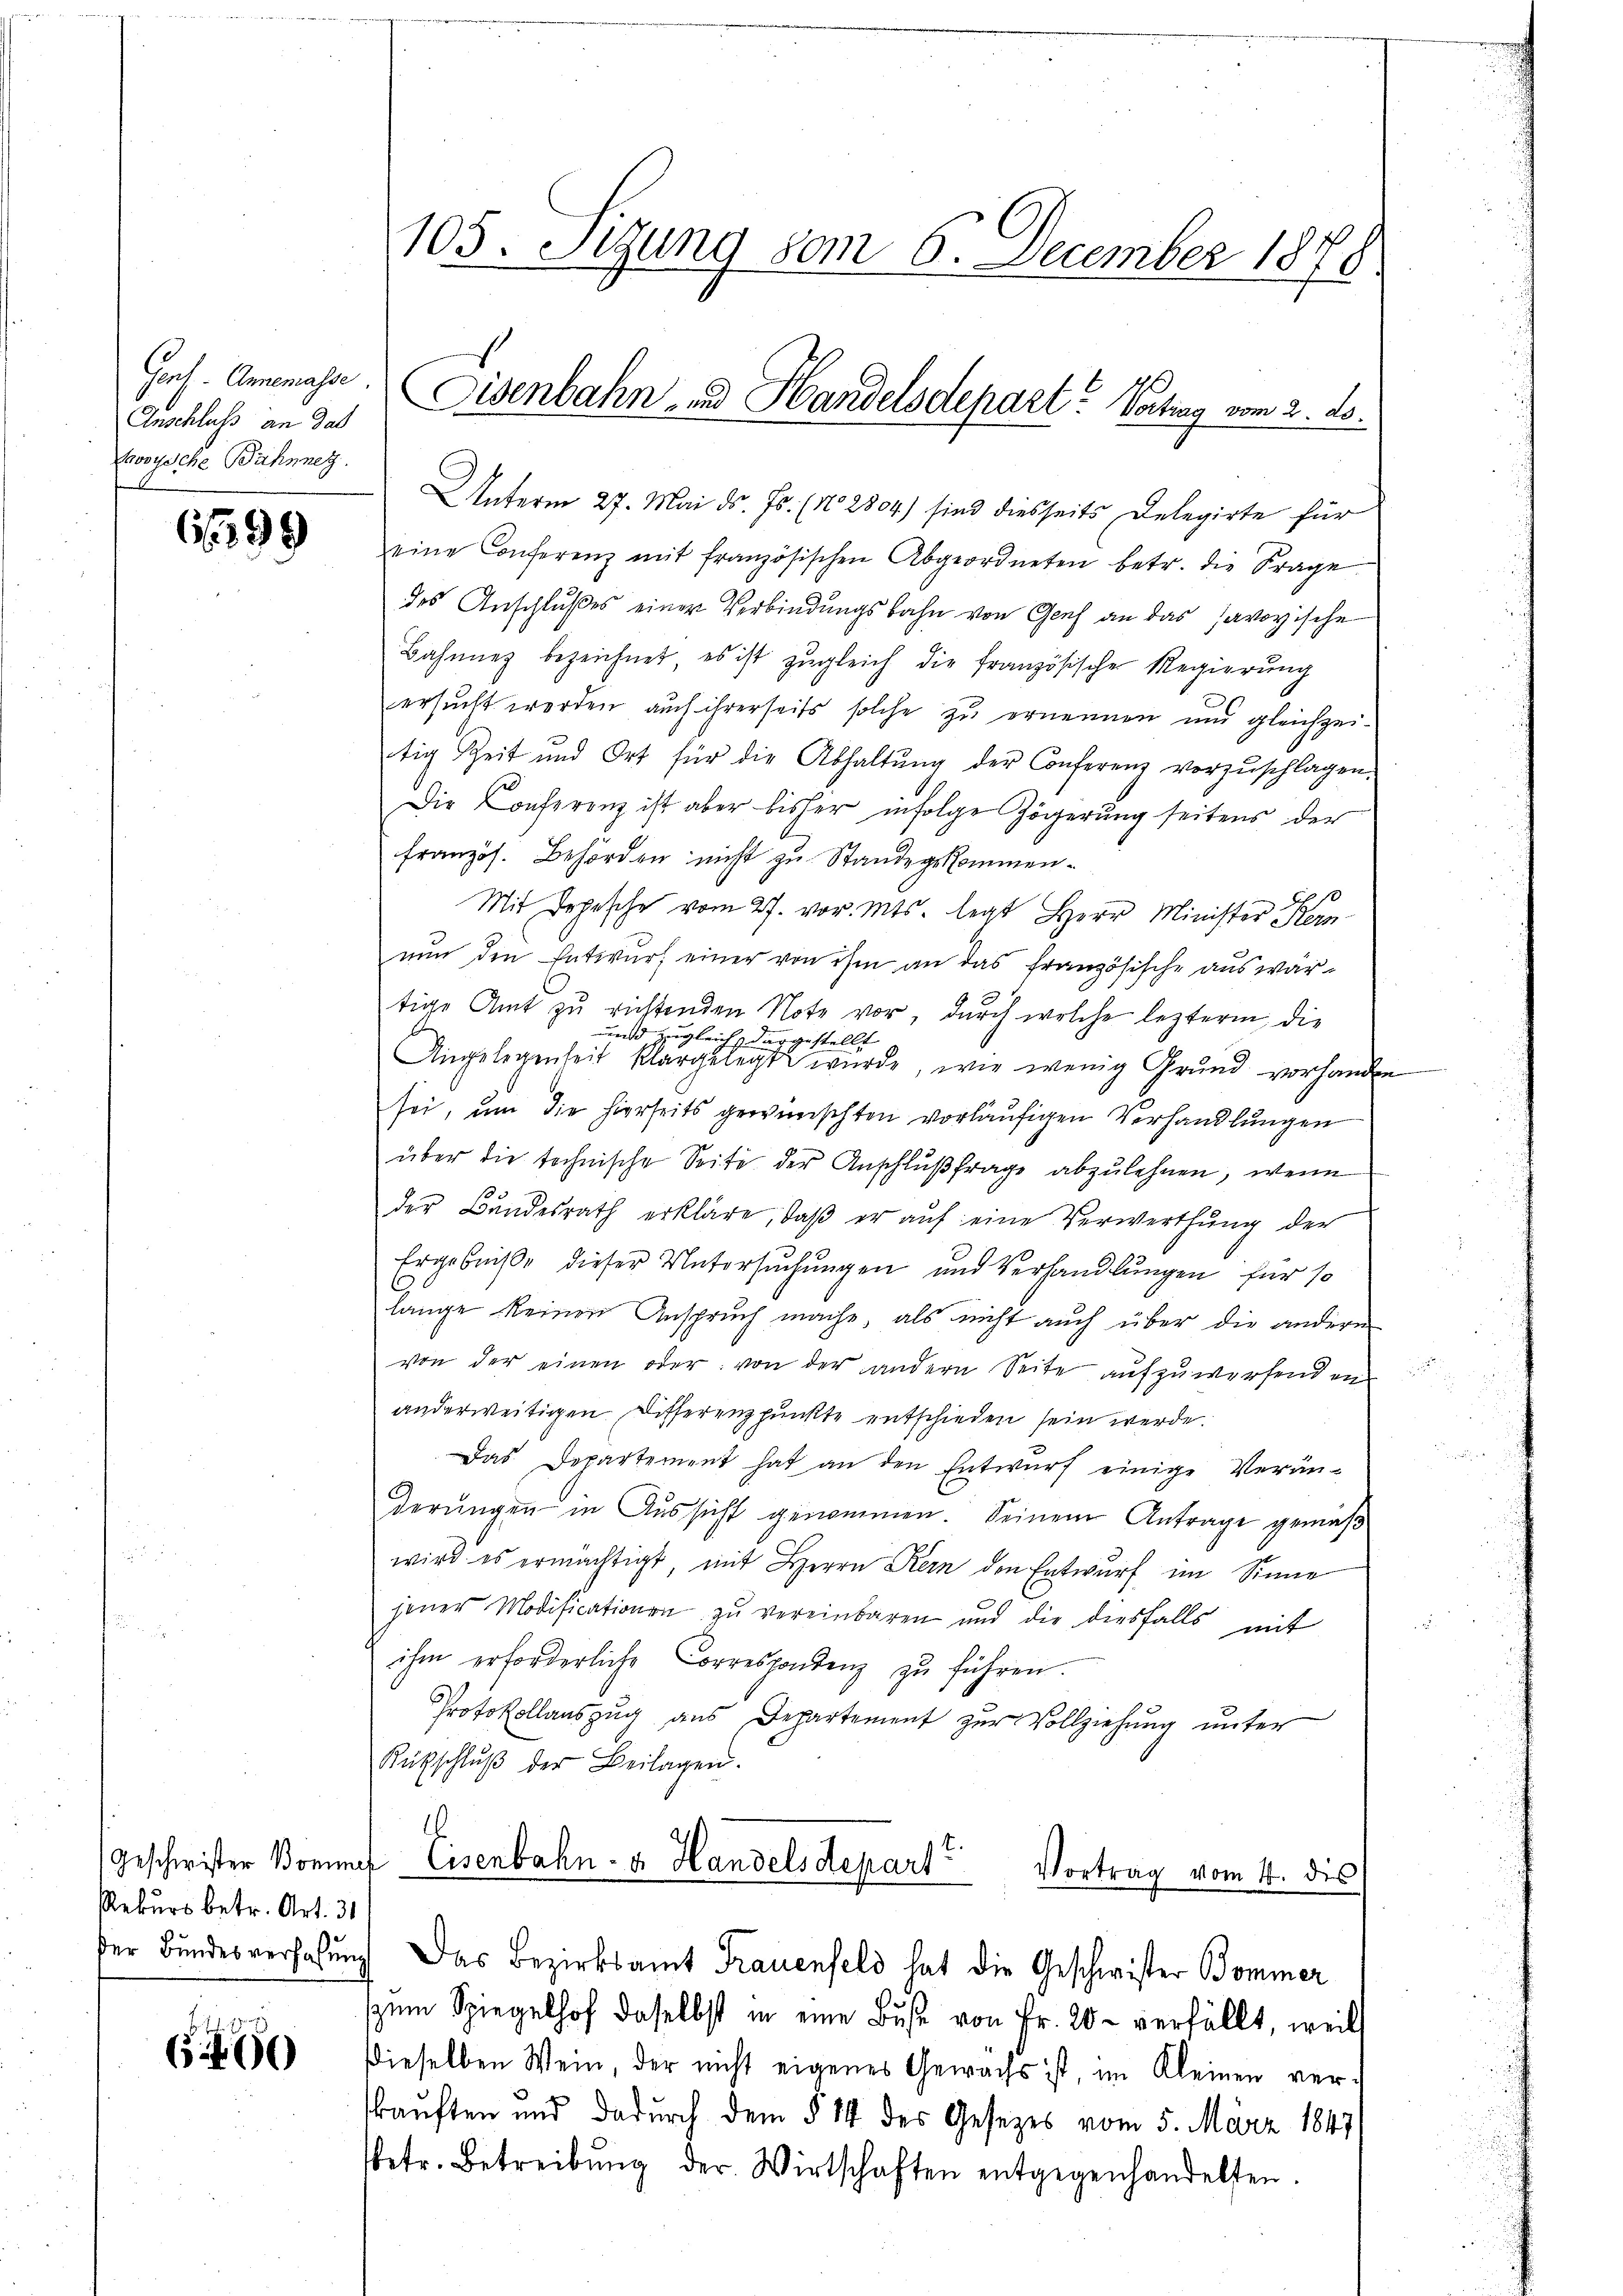
Genf. Annemasse
Anschluss an das
Kosysche Bahnnetz.

1299

Geschwister Bomm
Rekurs betr. Art. 31
der Bundes verfaßung

s
660

105. Sigung vom 6. December 1878

Unterm 27. Mai d. Js. (N. 2804) sind diesseits Delegirte für
eine Conferenz mit französischen Abgeordneten betr. die Frage
des Anschlußes einer Verbindungsbahn von Genf an das savoyische
Bahnung bezeichnet, es ist zugleich die französische Regierung
ersucht werden auch ihrerseits solche zu ernennen und gleichzeitig Zeit und Ort für die Abhaltŭng der Conferenz vorzŭschlagen.
Die Conferenz ist aber bisher infolge Zögerung seitens der
französ. Behörden nicht zu Stande gekommen¬
Mit Depesche vom 27. vor. Mts. legt Herr Minister Kern-
nun den Entwurf einer von ihm an das französische auswartige Amt zu richtenden Note vor, durch welche lezterm, die
und zugleich dargestellt
Angelegenheit klargelegte wurde, wie wenig Grund vorhanden
sei, um die hierseits gewünschten vorläufigen Verhandlungen
über die technische Seite der Anschlußfrage abzulehnen, wenn
der Bundesrath erkläre, daβ er aŭf eine Verwerthung der
Ergebniße dieser Untersuchungen und Verhandlungen für so
lange keinen Anspruch mache, als nicht auch über die andere
von der einen oder von der andern Seite aufzuwerfend en
anderweitigen Differenzpunkte entschieden sein werde.
Das Departement hat an den Entwŭrf einige Verän-
derŭngen in Aŭssicht genommen. Seinem Antrage gemäβ
wird es ermächtigt, mit Herrn Kern den Entwurf im Sinne
jener Modificationen zŭ vereinbaren und die diesfalls mit
ihm erforderliche Correspondenz zŭ führen.
Protokollauszug aus Departement zur Vollziehung unter
Rütschlŭβ der Beilagen.
.
 Eisenbahn- & Handelsdepart
Vortrag vom 4. dis
Das Bezirksamt Frauenfeld hat die Geschwister Bommer
zum Spiegelhof daselbst in eine Bŭβe von Fr. 20 - verfällt, weil
dieselben Wein, der nicht eigenes Gewächs ist, im Kleinen verkauften und dadurch dem § 14 des Gesetzes vom 5. März 1847/
betr. Betreibŭng der Wirtschaften entgegenhandelten.

Eisenbahn- und Handelsdepart. Vortrag vom 2. ds.